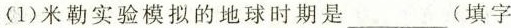
(1)米勒实验模拟的地球时期是___(填字